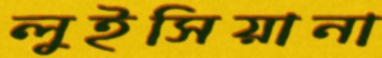
লুইসিয়ানা